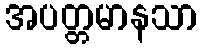
အပတ္တမာနသာ